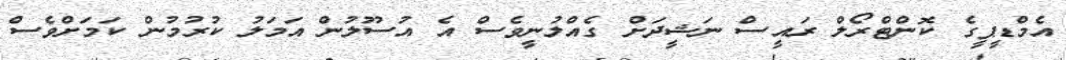
އެމްޑީޕީގެ ކޮންޓްރޯލް ރައީސް ނަޝީދަށް ގެއްލުނީވެސް އެ އުސޫލުން އަމަލު ކުރުމުން ކަމަށްވެސް